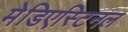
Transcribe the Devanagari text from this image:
मेडिएस्टिनल